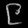
Digit: ၉